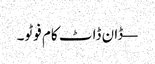
— ڈان ڈاٹ کام فوٹو۔